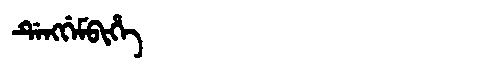
Manchu: ᡩᡝᠩᡤᡝᠮᠪᡳᡥᡝ
Romanization: DENGGEMBIHE